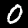
Digit: 0